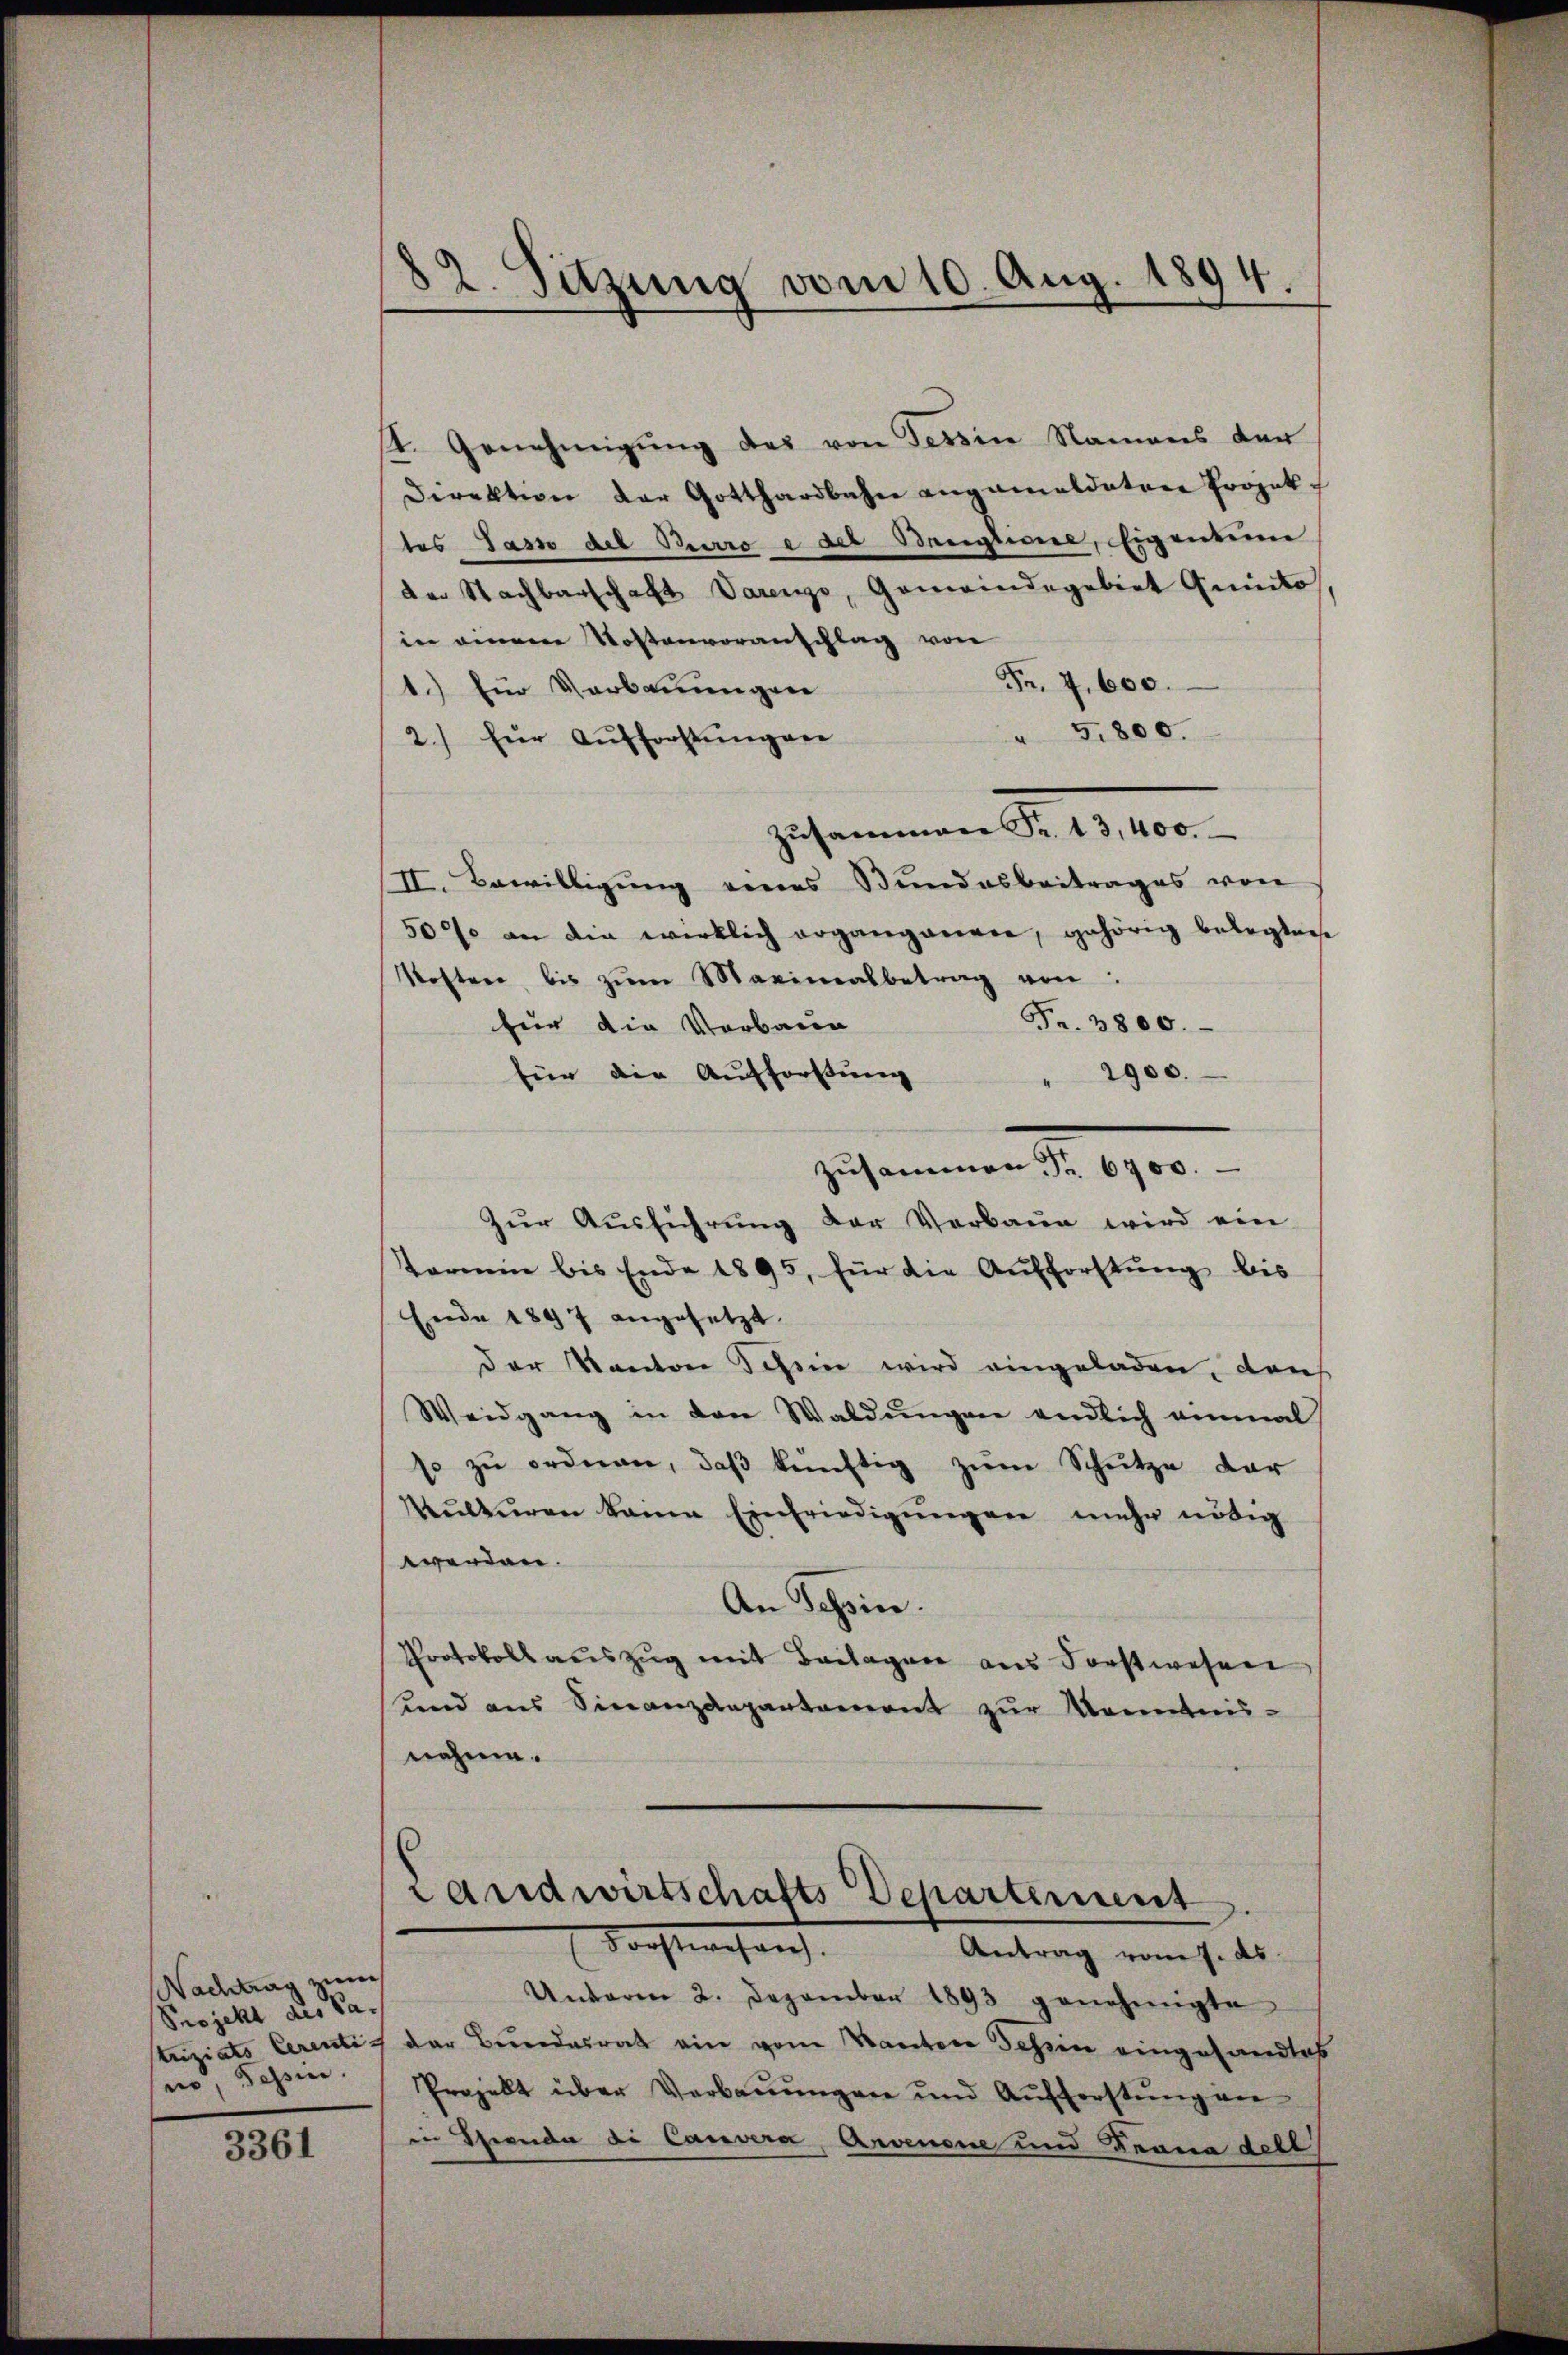
Nachtrag zum
Projekt des Ca-
striziato Cerenti-
ne Tessin

3361

82. Sitzung vom 10. Aug. 1894.

st. Genehmigung des von Tessine Namens der
Direktion der Gotthardbahn angemeldeten Projek
tes Jass des Berro e der Bruptione, Eigentum
der Nachbarschaft Varenge, Gemeindegebiet Quisto
in einem Kostenvoranschlag von
Fr. 4,600.
1.) für Verbauungen
" 5800.
2.) für Aufforstungen
Zusammen Fr. 13,400.
II. Bewilligung eines Bundesbeitrages von
50% an die wirklich ergangangen, gehörig belegten
Kosten bis zŭm Maximalbetrag von
Fr. 3800.
für die Verbaue
2900.
für die Aufforstung
zusammen Fr. 6700.
Zŭr Aŭsführung der Verbaue wird ein
Sarim bis Ende 1895, für die Aufforstŭng bis
Ende 1897 angesetzt.
der Kanton Schein wird eingeladen, dans
Weidgang in den Waldungen endlich einmal
so zŭ ordnen, daβ künftig zŭm Schütze dar
Mŭltŭren keine Einfriedigŭngen mehr nötig
werden.
An Schin.
Protokoll aŭszŭg mit Beilagen ans Forstwesen
und aus Sinanzdepartemont zur Kenntnis-
nahme.

n
Landwirtschafts Departernit
Forstwesen.
Antrag vom 7. ds.

Unterm 2. Dezember 1893 genehmigte
der Bundesrat ein vom Kantone Schien eingehandlos
Projekt über Verbaŭŭngen und Aŭfforstŭng an
in Thienda de Cauvera, Arvenone und Frana dell